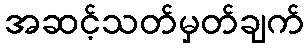
အဆင့်သတ်မှတ်ချက်